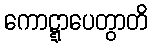
ကောဋ္ဋာပေတွာတိ